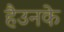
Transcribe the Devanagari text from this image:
हैउनके